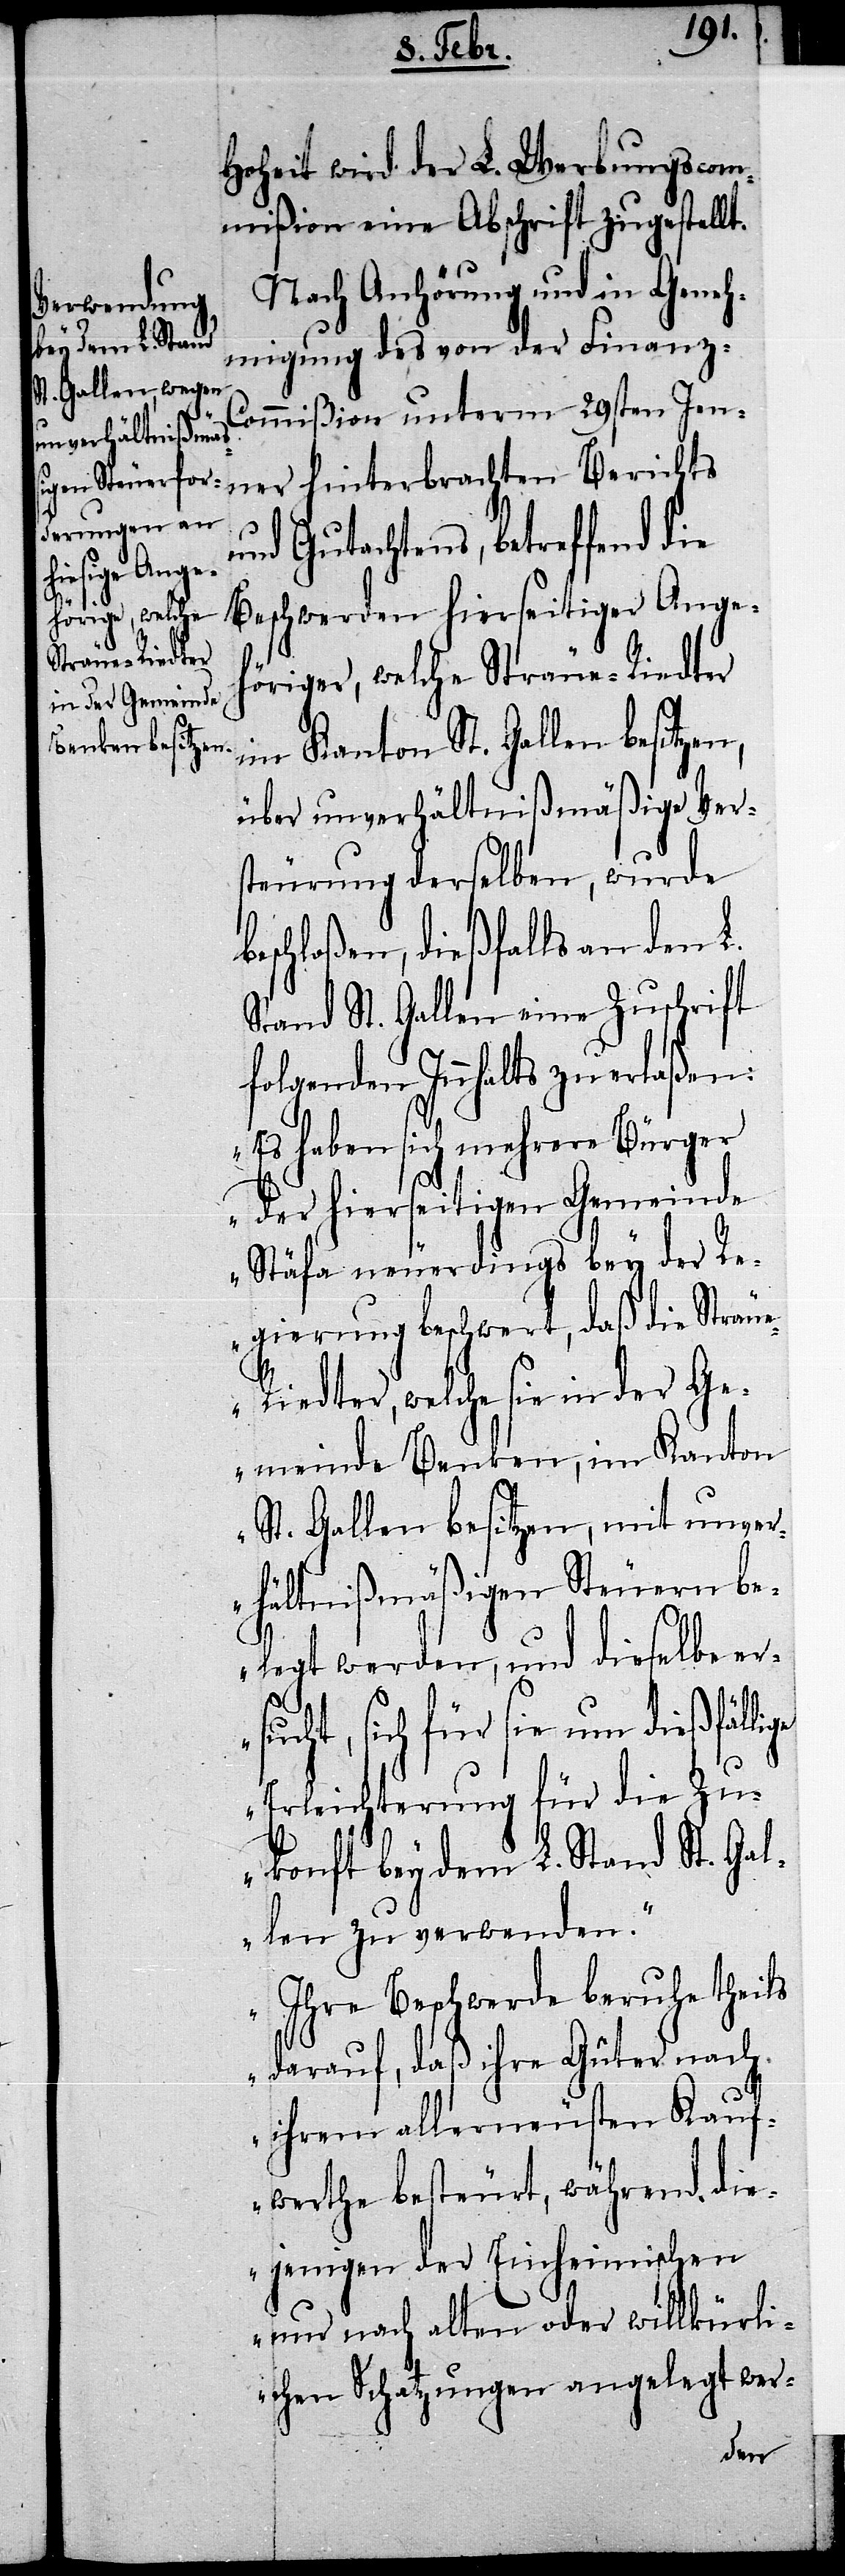
Hoheit wird der L. Werbungscom¬
mißion eine Abschrift zugestellt.
Nach Anhörung und in Geneh¬
migung des von der Finanz-C¬
ommißion unterm 29sten Jen¬
ner hinterbrachten Berichts
und Gutachtens, betreffend die
Beschwerden hierseitiger Angeh¬
öriger, welche Sträue-Riedter
im Kanton St. Gallen besitzen,
über unverhältnißmäßige Vers¬
teurung derselben, wurde
beschloßen, dießfalls an den L.
Stand St. Gallen eine Zuschrift
folgenden Inhalts zu erlaßen:
„Es haben sich mehrere Bürger
der hierseitigen Gemeinde
Stäfa neuerdings bey der R¬
egierung beschwert, daß die Sträu¬
e-Riedter, welche sie in der Ge¬
meinde Benken, im Kanton
St. Gallen besitzen, mit unver¬
hältnißmäßigen Steuern be¬
u¬
legt werden, und dieselbe ers¬
cht, sich für sie um dießfälli¬
ge
Erleichterung für die Zu¬
konft bey dem L. Stand St. Gal¬
len zu verwenden.“
„Ihre Beschwerde beruhe theils
darauf, daß ihre Güter nach
ihrem allerneusten Kauf¬
werthe besteurt, während die¬
jenigen der Einheimischen
nur nach alten oder willkürli¬
chen Schatzungen angelegt wer-